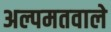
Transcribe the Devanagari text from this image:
अल्पमतवाले